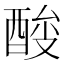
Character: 𰼉